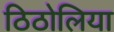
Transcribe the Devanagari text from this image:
ठिठोलिया